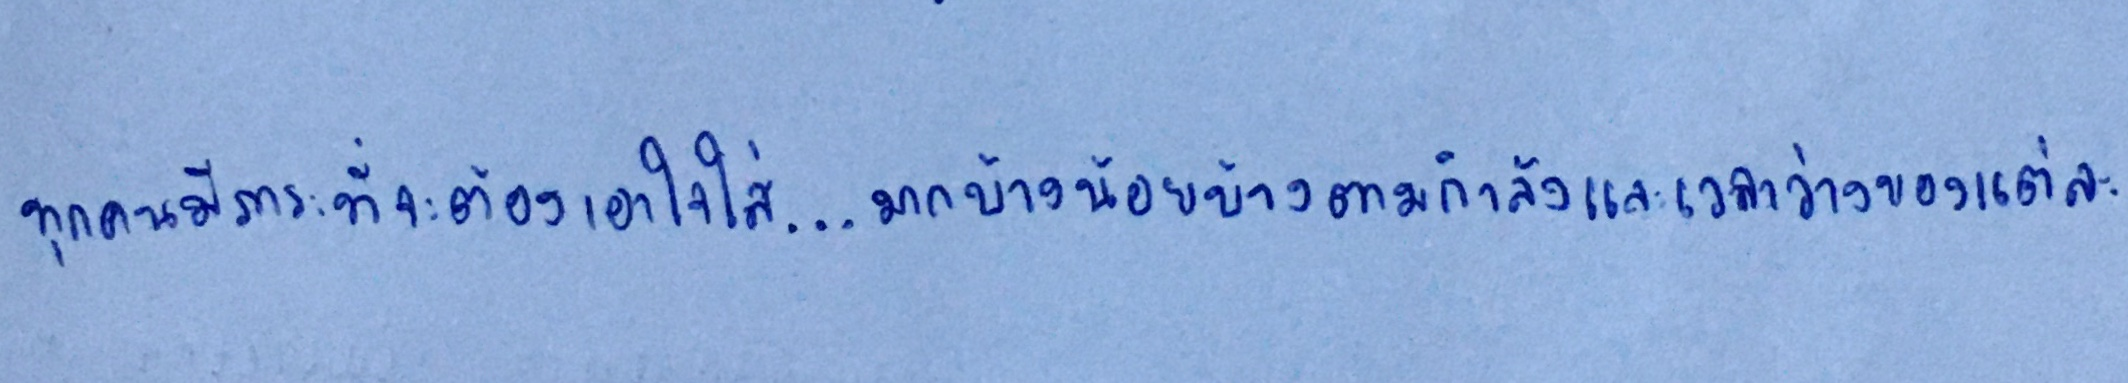
ทุกคนมีภาระที่จะต้องเอาใจใส่...มากบ้างน้อยบ้างตามกำลังและเวลาว่างของแต่ละ